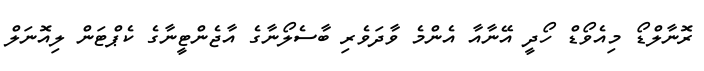
ރޮނާލްޑޯ މިއެވޯޑް ހޯދީ އޭނާއާ އެންމެ ވާދަވެރި ބާސެލޯނާގެ އާޖެންޓީނާގެ ކެޕްޓަން ލިއޮނަލް